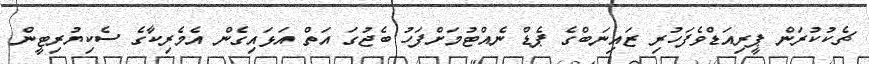
ޗެކުކުރަން ޕީރިއަޑްވެފަހުރި ޒައިނަބްގެ ޕެޑް ނެއްޓުމަށްފަހު ބެޖުގަ އަތް އަޅައިގެން އެމެރިކާގެ ސެކިޔުރިޓީން